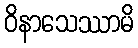
ဝိနာသေဿာမိ